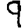
Digit: 9